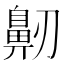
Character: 𪖔